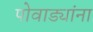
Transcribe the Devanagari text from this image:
पोवाड्यांना